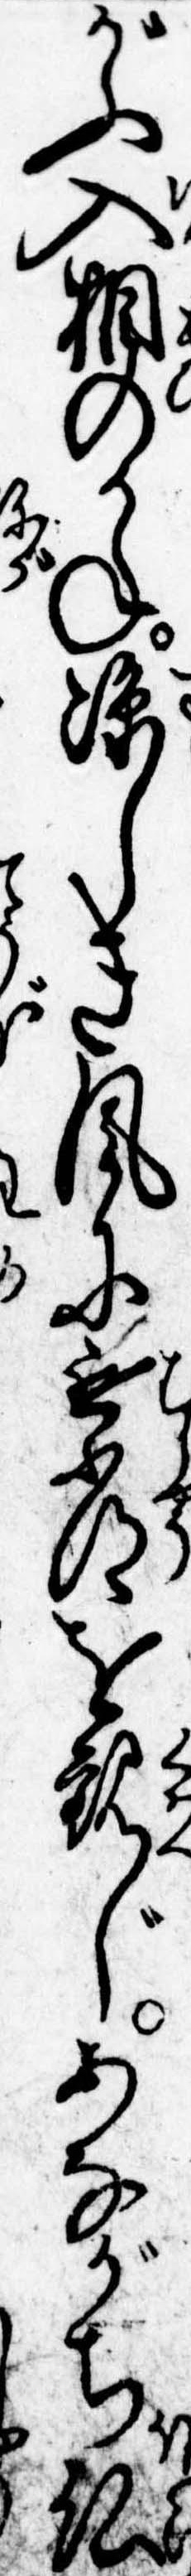
がふ入相のかね涼しき風に無常を観じあながち仏